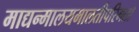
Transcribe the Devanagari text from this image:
माद्यन्मालयमालतीपरिमलो